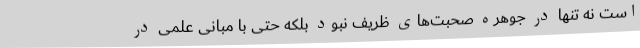
است نه تنها در جوهره صحبت‌های ظریف نبود بلکه حتی با مبانی علمی در